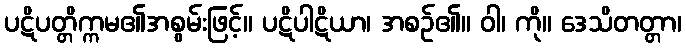
ပဋိပတ္တိက္ကမ၏အစွမ်းဖြင့်။ ပဋိပါဋိယာ၊ အစဉ်၏။ ဝါ၊ ကို။ ဒေသိတတ္တာ၊